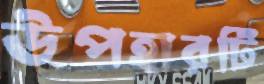
উপহারটি